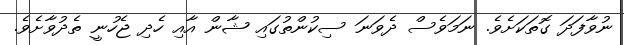
ނުވާފަދަ ގޮތަކަށެވެ. ނަމަވެސް ދެވަނަ ސިކުންތުގައި ޝާން އާއި ހެދި ޖެހުނީ ތެދުވާށެވެ.